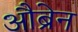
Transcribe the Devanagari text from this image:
औब्रेन